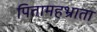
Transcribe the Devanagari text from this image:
पितामहभ्राता